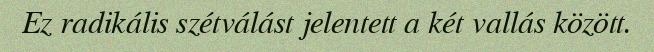
Ez radikális szétválást jelentett a két vallás között.